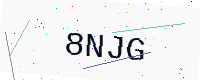
Text: 8NJG